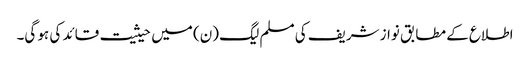
اطلاع کے مطابق نواز شریف کی مسلم لیگ (ن) میں حیثیت قائد کی ہو گی۔